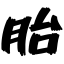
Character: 胎